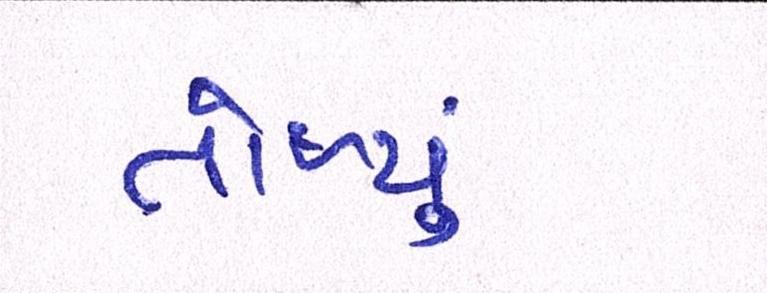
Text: તોળ્યું